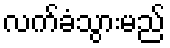
လက်ခံသွားမည်